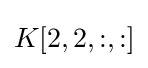
K[2,2,:,:]